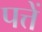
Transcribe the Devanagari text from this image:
पत्तें